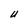
Character: U